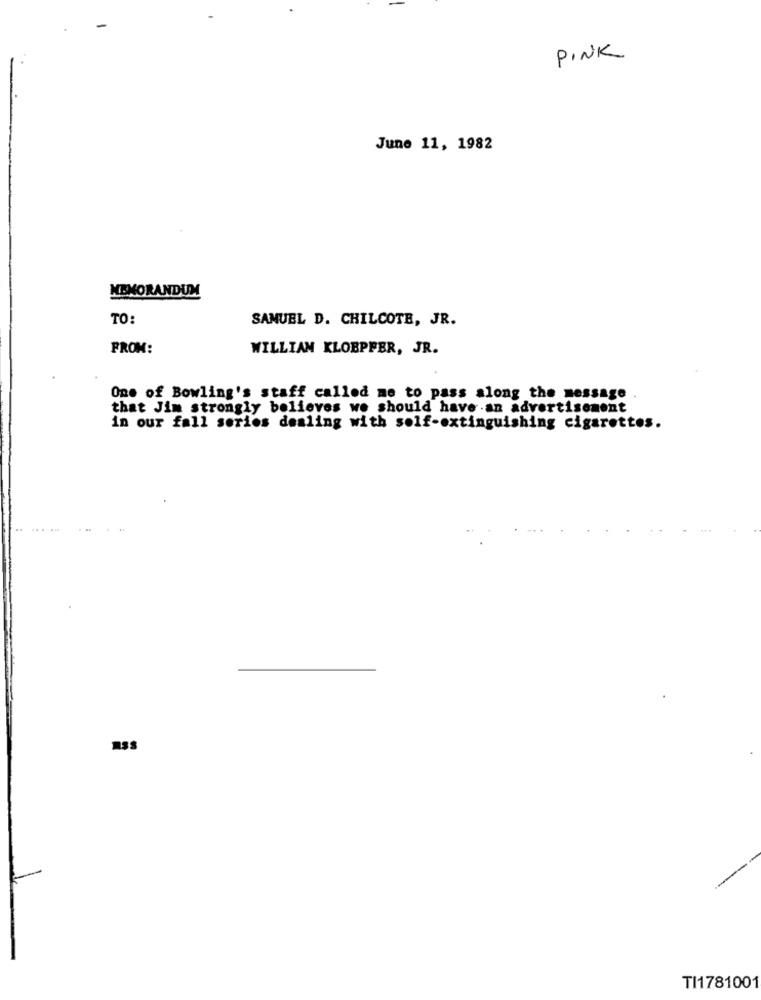
PINK
June 11, 1982
MEMORANDUM
TO:
SAMUEL D. CHILCOTE, JR.
FROM:
WILLIAM KLOBPFER, JR.
One of Bowling's staff called me to pass along the message
that Jim strongly believes we should have an advertisement
in our fall series dealing with self-extinguishing cigarettes.
TI1781001